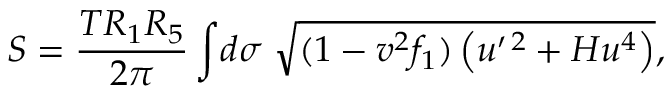
S = \frac { T R _ { 1 } R _ { 5 } } { 2 \pi } \int \! d \sigma \; \sqrt { ( 1 - v ^ { 2 } f _ { 1 } ) \left( u ^ { \prime \, 2 } + H u ^ { 4 } \right) } ,